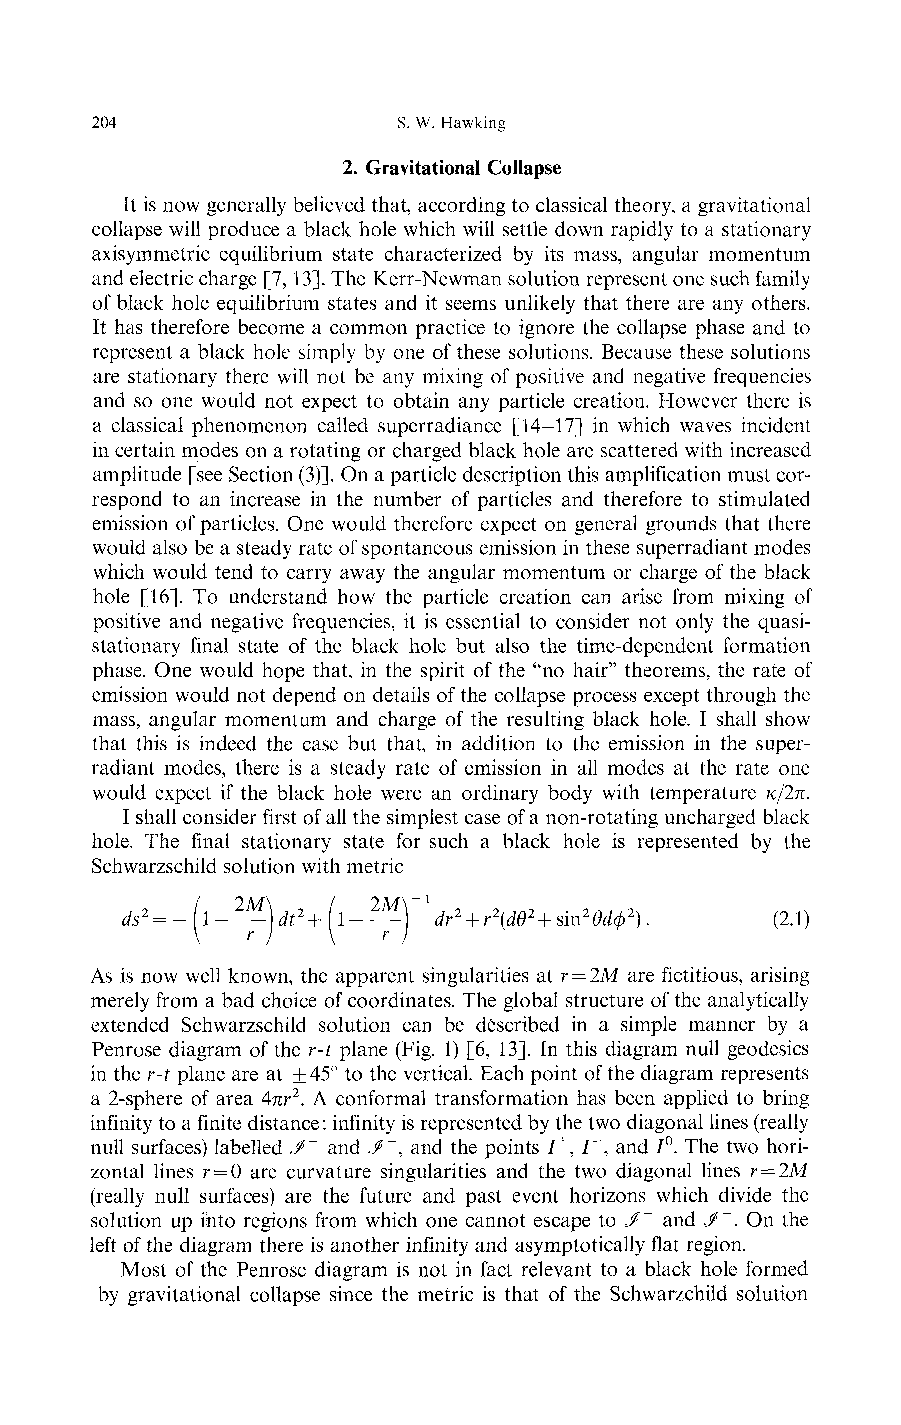
204                 S. W. Hawking
 2. Gravitational Collapse
 It is now generally believed that, according to classical theory, a gravitational
 collapse will produce a black hole which will settle down rapidly to a stationary
 axisymmetric equilibrium state characterized by its mass, angular momentum
 and electric charge [7, 13]. The Kerr-Newman solution represent one such family
 of black hole equilibrium states and it seems unlikely that there are any others.
 It has therefore become a common practice to ignore the collapse phase and to
 represent a black hole simply by one of these solutions. Because these solutions
 are stationary there will not be any mixing of positive and negative frequencies
 and so one would not expect to obtain any particle creation. However there is
 a classical phenomenon called superradiance [14-17] in which waves incident
 in certain modes on a rotating or charged black hole are scattered with increased
 amplitude [see Section (3)]. On a particle description this amplification must cor-
 respond to an increase in the number of particles and therefore to stimulated
 emission of particles. One would therefore expect on general grounds that there
 would also be a steady rate of spontaneous emission in these superradiant modes
 which would tend to carry away the angular momentum or charge of the black
 hole [16]. To understand how the particle creation can arise from mixing of
 positive and negative frequencies, it is essential to consider not only the quasi-
 stationary final state of the black hole but also the time-dependent formation
 phase. One would hope that, in the spirit of the "no hair" theorems, the rate of
 emission would not depend on details of the collapse process except through the
 mass, angular momentum and charge of the resulting black hole. I shall show
 that this is indeed the case but that, in addition to the emission in the super-
 radiant modes, there is a steady rate of emission in all modes at the rate one
 would expect if the black hole were an ordinary body with temperature τc/2π.
 I shall consider first of all the simplest case of a non-rotating uncharged black
 hole. The final stationary state for such a black hole is represented by the
 Schwarzschild solution with metric
 1              .       (2.1)
 As is now well known, the apparent singularities at r = 2M are fictitious, arising
 merely from a bad choice of coordinates. The global structure of the analytically
 extended Schwarzschild solution can be described in a simple manner by a
 Penrose diagram of the r-t plane (Fig. 1) [6, 13]. In this diagram null geodesies
 in the r-t plane are at +45° to the vertical. Each point of the diagram represents
 a 2-sphere of area 4πr2. A conformal transformation has been applied to bring
 infinity to a finite distance: infinity is represented by the two diagonal lines (really
 null surfaces) labelled J?+ and «/", and the points /+, /", and 7°. The two hori-
 zontal lines r = 0 are curvature singularities and the two diagonal lines r = 2M
 (really null surfaces) are the future and past event horizons which divide the
 solution up ihto regions from which one cannot escape to J^+ and </". On the
 left of the diagram there is another infinity and asymptotically flat region.
 Most of the Penrose diagram is not in fact relevant to a black hole formed
 by gravitational collapse since the metric is that of the Schwarzchild solution